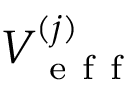
V _ { \mathrm { ~ e ~ f ~ f ~ } } ^ { ( j ) }